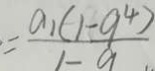
= \frac { a _ { 1 } ( 1 - 9 ^ { 4 } ) } { 1 - a }